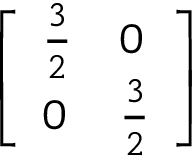
\left[ \begin{array} { l l } { { \frac { 3 } { 2 } } } & { 0 } \\ { 0 } & { { \frac { 3 } { 2 } } } \end{array} \right]